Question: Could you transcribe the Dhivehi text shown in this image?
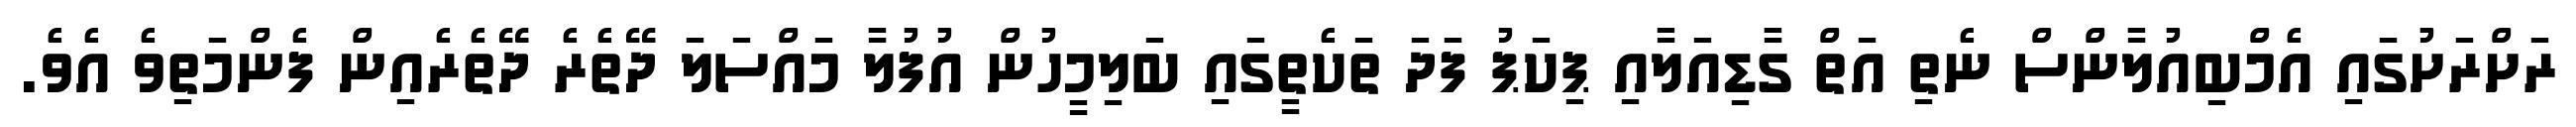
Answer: ރަށްރަށުގައި އެމްބިއުލާންސް ނެތި އަތް ގާޑިއަލާއި ޕިކަޕު ފަދަ ތަކެތީގައި ބަލިމީހުން އުފުލާ މައްސަލަ ދޭތެރެ ދޭތެރެއިން ފެންމަތިވެ އެވެ.